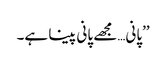
’’پانی…مجھے پانی پینا ہے۔